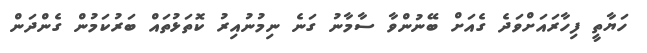
ހަޔާތީ ފިހާރައަށްވަދެ ގެއަށް ބޭނުންވާ ސާމާނު ގަނެ ނިމުނުއިރު ކޮތަޅުތައް ބަރުކަމުން ގެންދަން